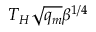
T _ { H } \sqrt { q _ { m } } \beta ^ { 1 / 4 }